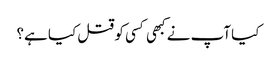
کیا آپ نے کبھی کسی کو قتل کیا ہے؟